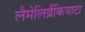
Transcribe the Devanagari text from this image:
लैमेलिब्रैंकियाटा